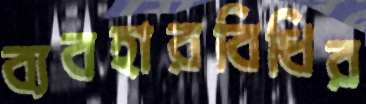
ব্যবহারবিধির